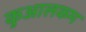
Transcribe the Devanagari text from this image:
कुआलकम